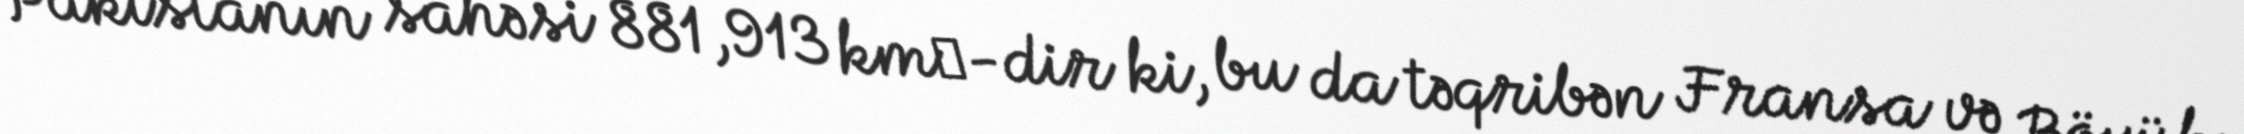
Pakistanın sahəsi 881,913 km²-dir ki, bu da təqribən Fransa və Böyük